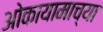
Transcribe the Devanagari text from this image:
ओकायामाच्या